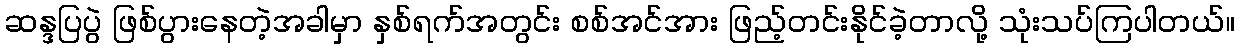
ဆန္ဒပြပွဲ ဖြစ်ပွားနေတဲ့အခါမှာ နှစ်ရက်အတွင်း စစ်အင်အား ဖြည့်တင်းနိုင်ခဲ့တာလို့ သုံးသပ်ကြပါတယ်။